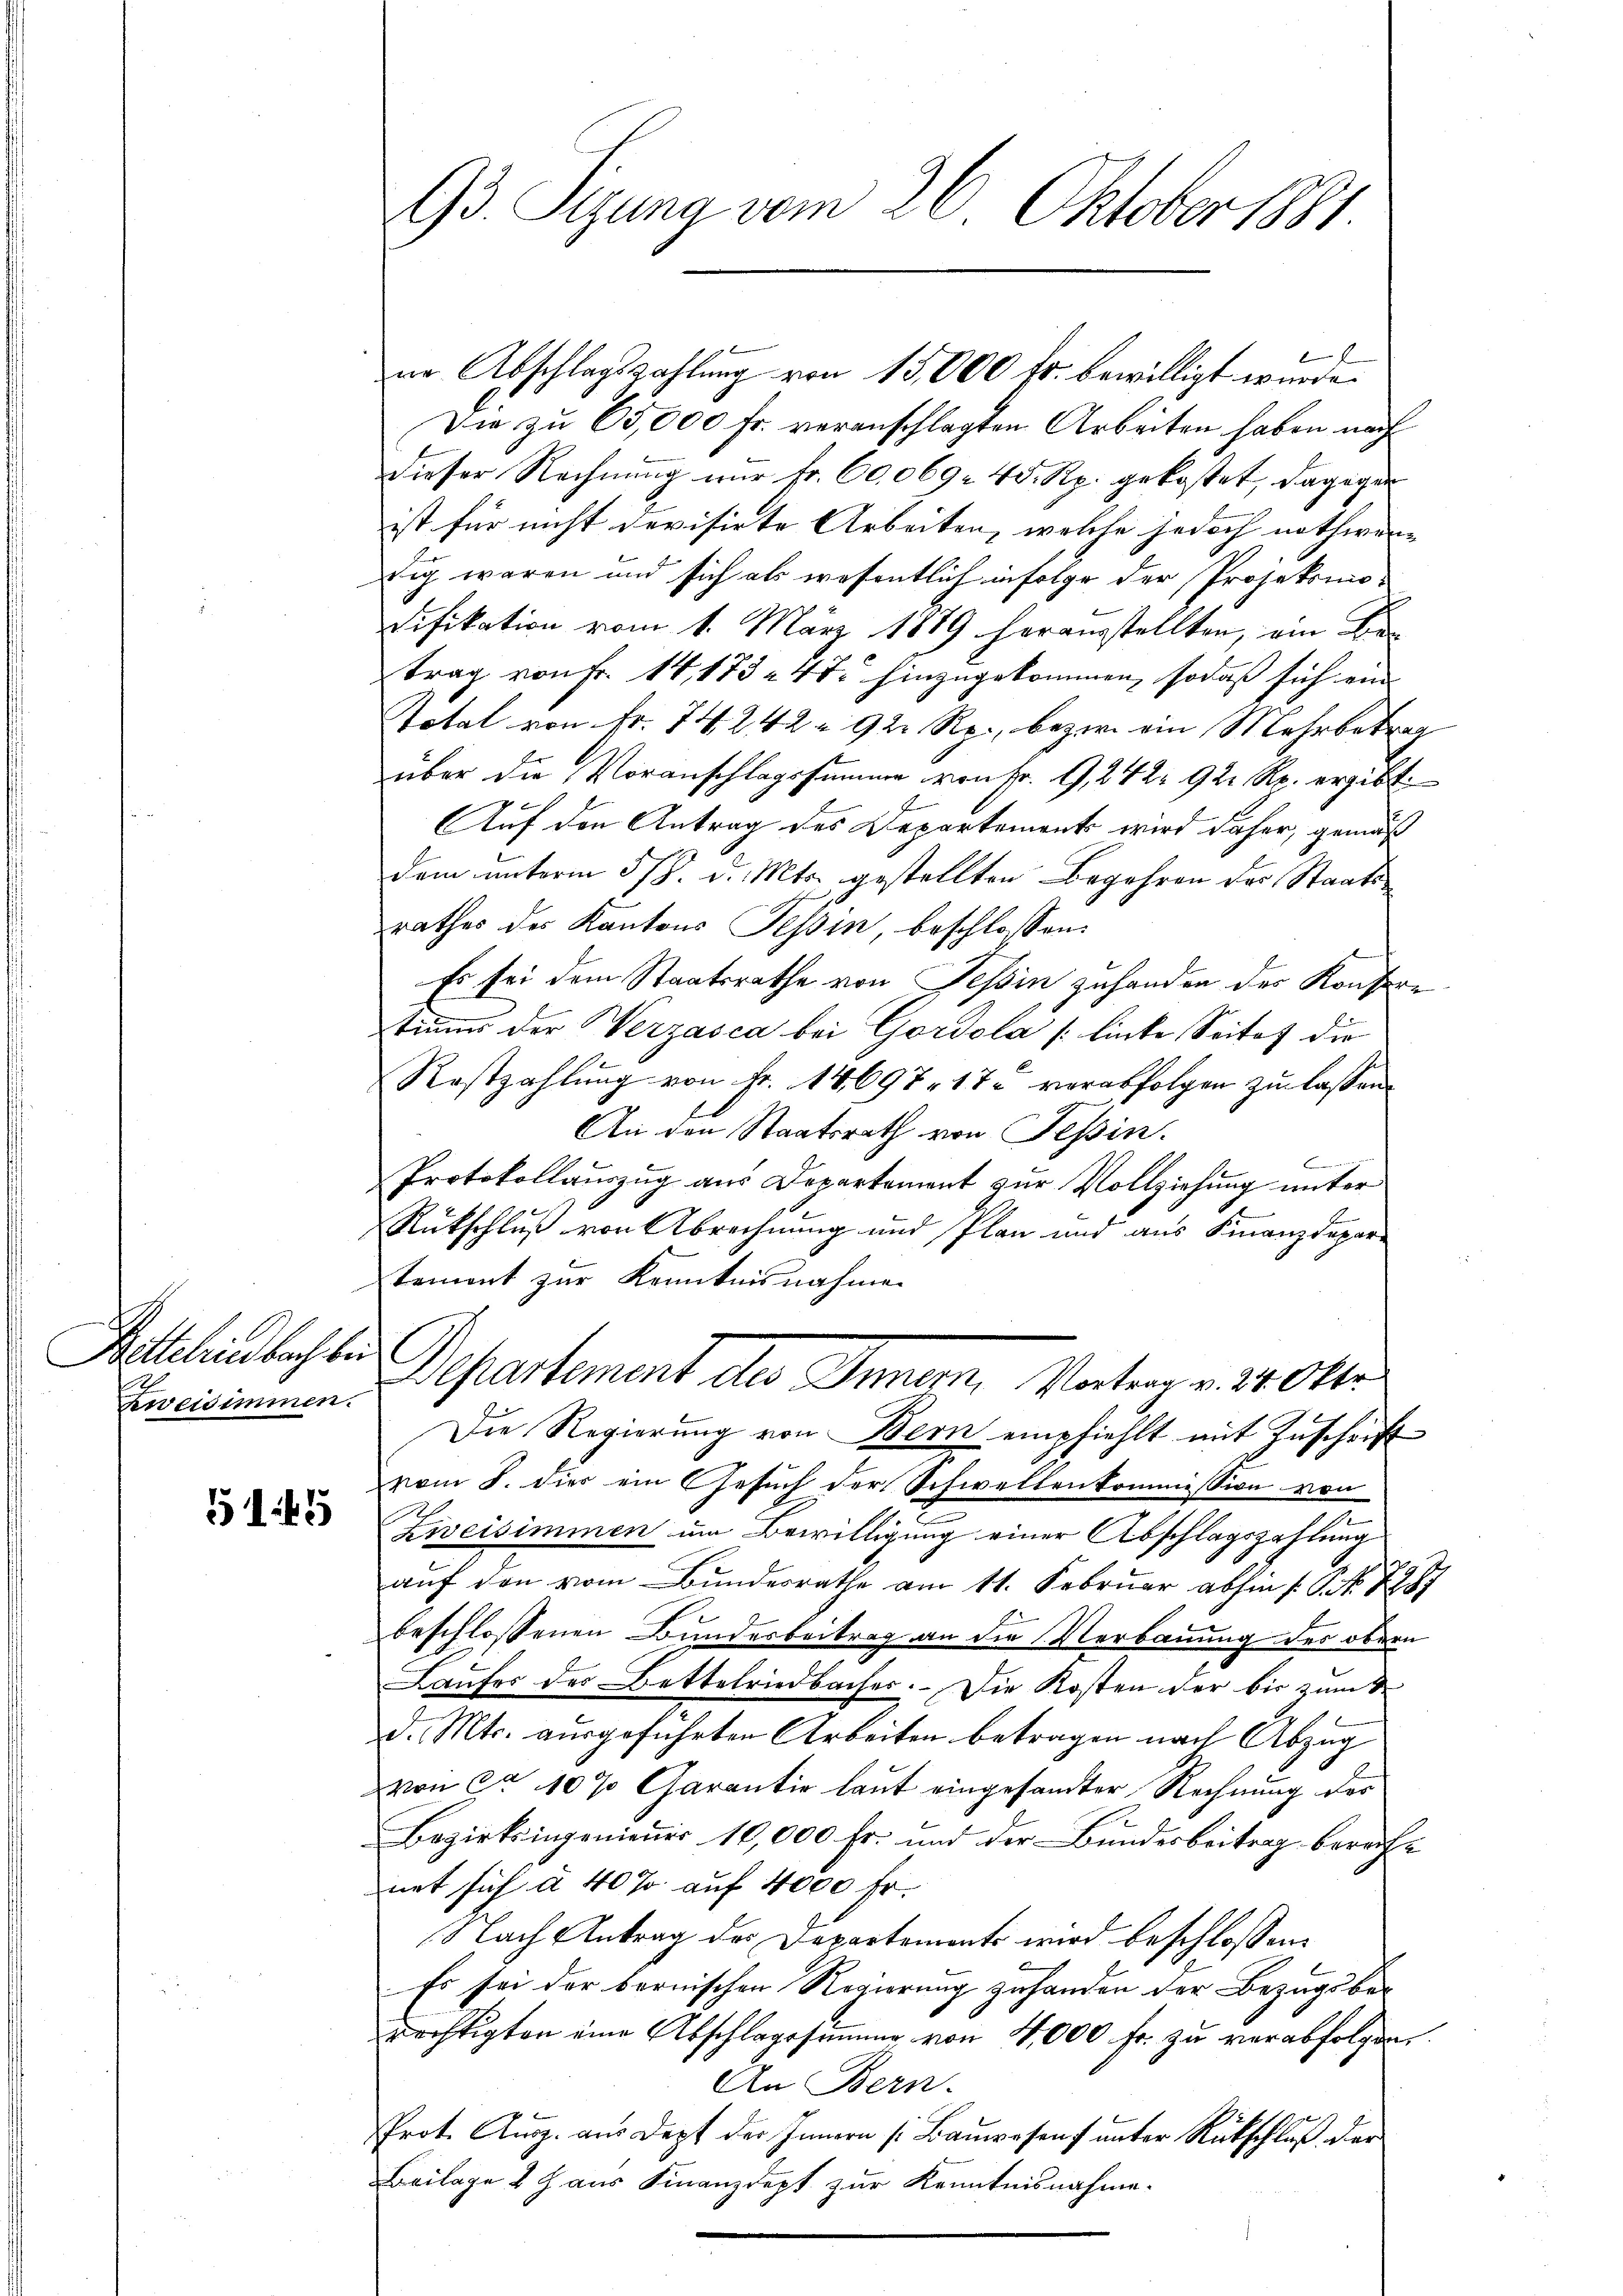
Bittelriedbach bei
Zweisimmen.

5145

93. Sizung vom 26. Oktober 1881.

e
nn Abschlagszahlung von 13,000 fr. bewilligt wurde.
Die zu 65,000 fr. veranschlagten Arbeiten haben nach
dieser Rechnung nur fr. 60,069 45 Rp. gekostet, dagegen
ist für nicht devisirte Arbeiten, welche jedoch nothwen-
tig waren und sich als wesentlich infolge der Projeksmodifikation vom 1. März 1889 herausstellten, am Be-
trag von Fr. 14, 173 - 4t. hinzugekommen, sodaß sich ein
Total von Fr. 74. 242 à 92 Rp., bezw. ein Mehrbetrag
über die Voranschlagssumme von Fr. 9, 242 92 Rp. ergibt:
Auf den Antrag des Departements wird daher, gemäß
dem unterm 5/8. d. Mts. gestellten Begehren der Staats-
rathes des Kantons Tessin, beschlossen:
Es sei dem Staatsrathe von Tessin zuhanden der Konsere
tiums der Werzasca bei Gordola linke Seitet die
Rostzahlung von Fr. 14697. 17 verabfolgen zu lassen.
An den Staatsrath von Teßin.
Protokollauszug aus Departement zur Vollziehung unter
Rückschluß von Abrechnung und Plan und aus Finanzdepartement zur Kenntnisnahme
Departement der Inner, Vater v. 14 Okto¬
Die Regierung von Bern empfiehlt mit Zuschrift
vom 8. dies ein Gesuch der Schwellenkommission von
Ziveisimmen um Bewilligung einer Abschlagszahlung
auf den vom Bundesrathe am 11. Februar abhin /: P. Nr. 1887
beschlossenen Bundesbeitrag an die Verbauung des obern
Laufer der Bettelriedbacher. Die Kosten der bis zum S
d. Mts. ausgeführten Arbeiten betragen nach Abzug
von ca 10 % Garantie laut eingesandter Rechnung der
Bezirksingeniener 10,000 Fr. und der Bundesbeitrag bereite
net sich à 40% auf 4000 Fr.
Nach Antrag des Departements wird beschlossen,
Es sei der bernischen Regierung zu handen der Bezugsberechtigten eine Abschlagssummer von 4,000 Fr. zu verabfolgen.
An Bern.
Prot. Aŭsz. aŭs Dopf der Innern s. Baŭwesen ŭnter Rückschluß der
Beilage & J. aus Finanzdept zur Kenntnisnahme.